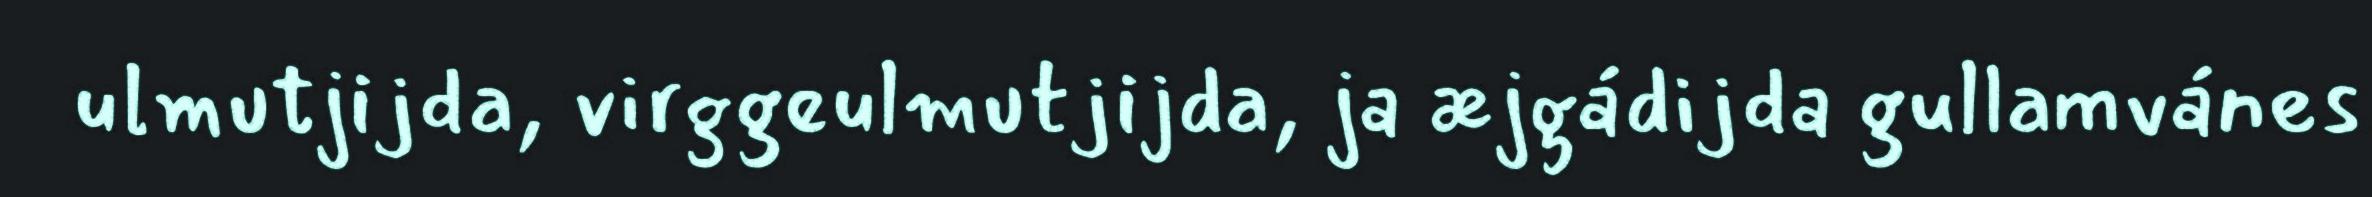
ulmutjijda, virggeulmutjijda, ja æjgádijda gullamvánes